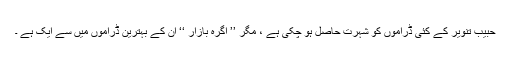
حبیب تنویر کے کئی ڈراموں کو شہرت حاصل ہو چکی ہے ، مگر ’’ آگرہ بازار ‘‘ ان کے بہترین ڈراموں میں سے ایک ہے ۔